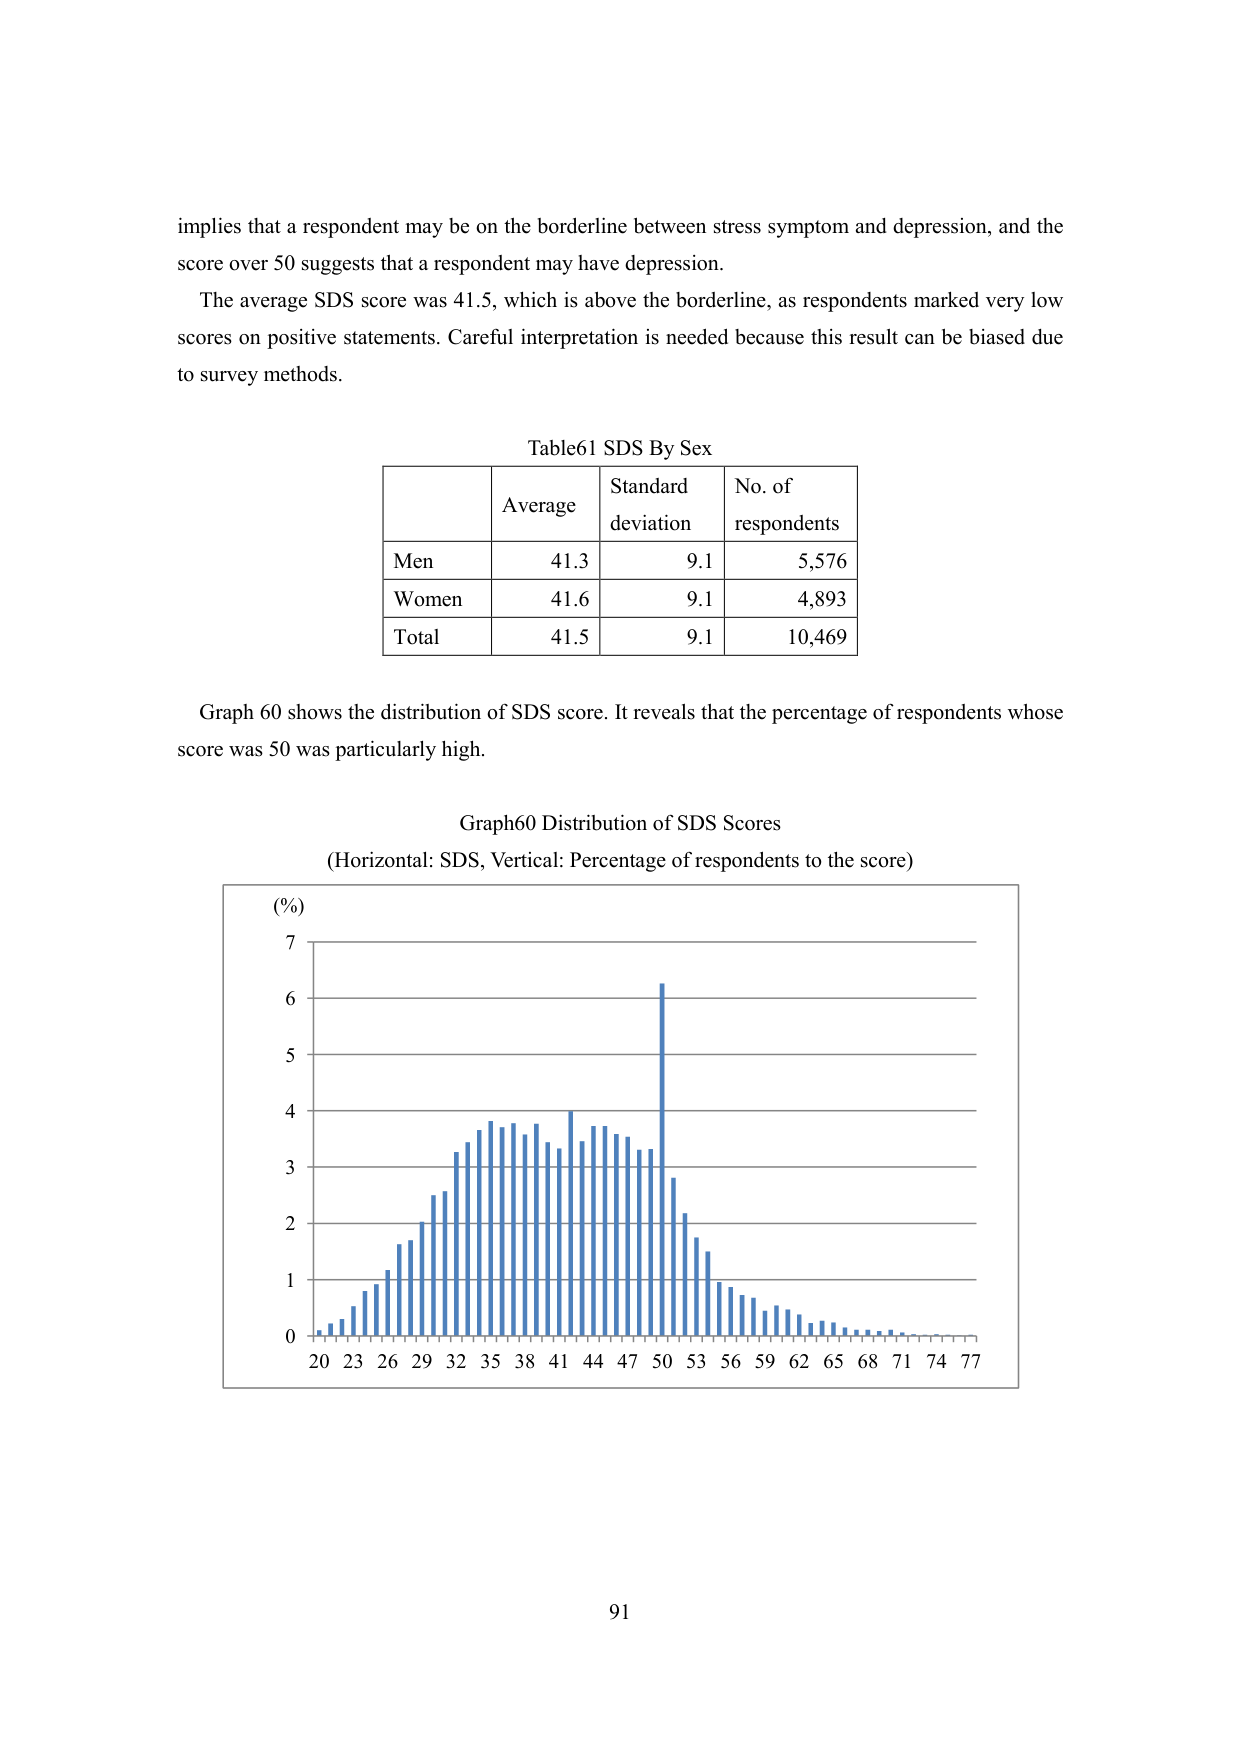
implies that a respondent may be on the borderline between stress symptom and depression, and the score over 50 suggests that a respondent may have depression.

The average SDS score was 41.5, which is above the borderline, as respondents marked very low scores on positive statements. Careful interpretation is needed because this result can be biased due to survey methods.

Table61 SDS By Sex
Average	Standard deviation	No. of respondents
Men	41.3	9.1	5,576
Women	41.6	9.1	4,893
Total	41.5	9.1	10,469

Graph 60 shows the distribution of SDS score. It reveals that the percentage of respondents whose score was 50 was particularly high.

Graph60 Distribution of SDS Scores
(Horizontal: SDS, Vertical: Percentage of respondents to the score)

(%)
7
6
5
4
3
2
1
0
20 23 26 29 32 35 38 41 44 47 50 53 56 59 62 65 68 71 74 77

91